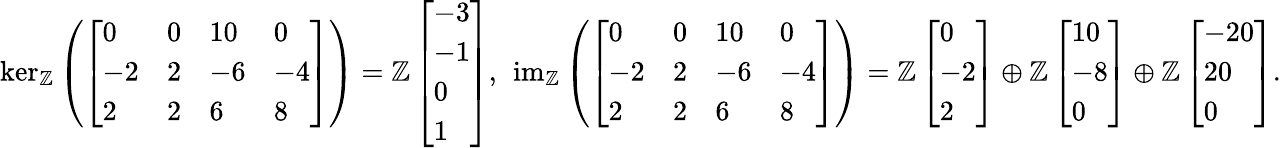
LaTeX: \begin{array}{r}{\ker_{\mathbb{Z}}\left(\left[\begin{array}{llll}{0}&{0}&{10}&{0}\\ {-2}&{2}&{-6}&{-4}\\ {2}&{2}&{6}&{8}\end{array}\right]\right)=\mathbb{Z}\left[\begin{array}{l}{-3}\\ {-1}\\ {0}\\ {1}\end{array}\right],\ \operatorname{im}_{\mathbb{Z}}\left(\left[\begin{array}{llll}{0}&{0}&{10}&{0}\\ {-2}&{2}&{-6}&{-4}\\ {2}&{2}&{6}&{8}\end{array}\right]\right)=\mathbb{Z}\left[\begin{array}{l}{0}\\ {-2}\\ {2}\end{array}\right]\oplus\mathbb{Z}\left[\begin{array}{l}{10}\\ {-8}\\ {0}\end{array}\right]\oplus\mathbb{Z}\left[\begin{array}{l}{-20}\\ {20}\\ {0}\end{array}\right].}\end{array}